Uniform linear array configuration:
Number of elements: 8
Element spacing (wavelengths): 0.75
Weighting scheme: binomial
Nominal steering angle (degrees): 45
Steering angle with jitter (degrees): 46.927
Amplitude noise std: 0.05
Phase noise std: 0.05

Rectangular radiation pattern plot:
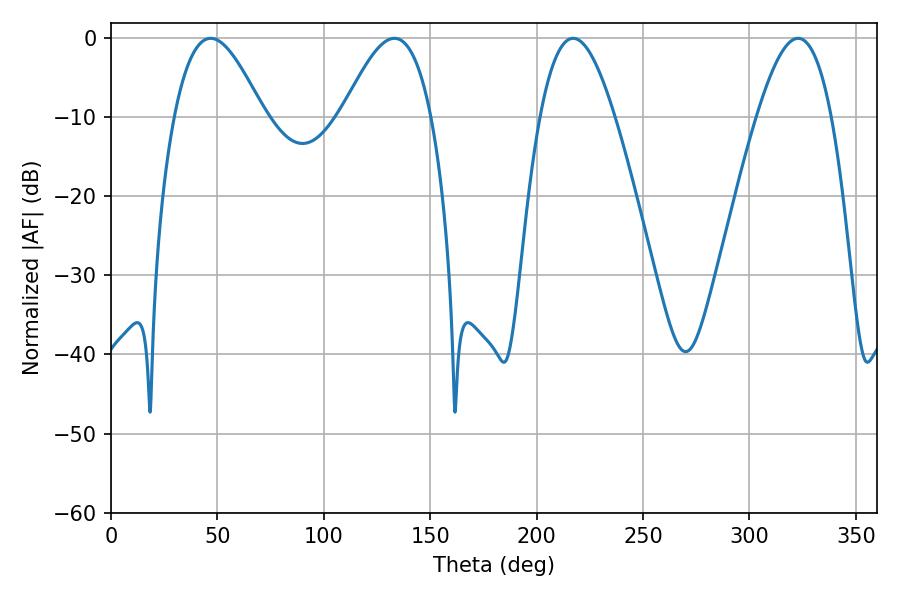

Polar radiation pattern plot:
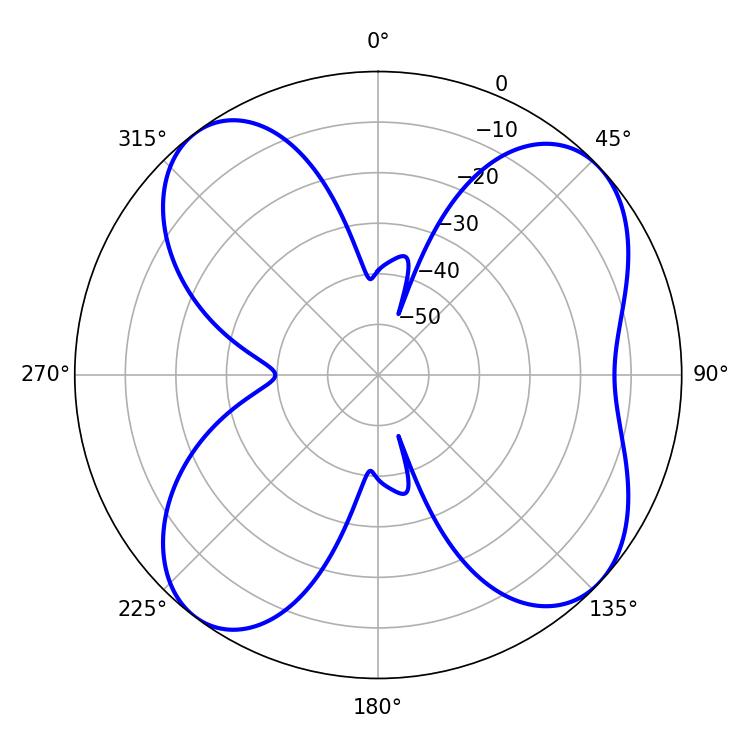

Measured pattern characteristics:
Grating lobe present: TRUE
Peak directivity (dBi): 9.452
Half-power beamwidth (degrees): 22.68
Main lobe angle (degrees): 133.2